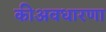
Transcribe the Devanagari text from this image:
कीअवधारणा